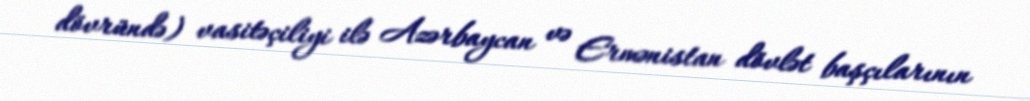
dövründə) vasitəçiliyi ilə Azərbaycan və Ermənistan dövlət başçılarının